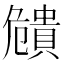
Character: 𧷪